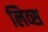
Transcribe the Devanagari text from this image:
लिव्स